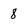
Character: 8